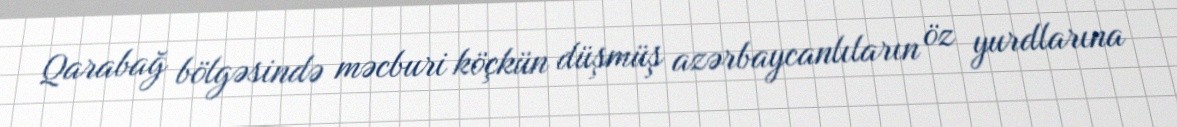
Qarabağ bölgəsində məcburi köçkün düşmüş azərbaycanlıların öz yurdlarına